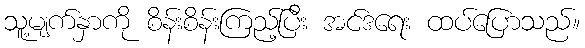
သူ့မျက်နှာကို စိန်းစိန်းကြည့်ပြီး အင်ဒရေး ထပ်ပြောသည်။